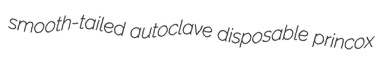
smooth-tailed autoclave disposable princox